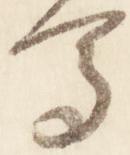
馬